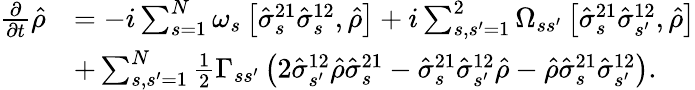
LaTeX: \begin{array}{rl}{\frac{\partial}{\partial t}\hat{\rho}}&{=-i\sum_{s=1}^{N}\omega_{s}\left[\hat{\sigma}_{s}^{21}\hat{\sigma}_{s}^{12},\hat{\rho}\right]+i\sum_{s,s^{\prime}=1}^{2}\Omega_{ss^{\prime}}\left[\hat{\sigma}_{s}^{21}\hat{\sigma}_{s^{\prime}}^{12},\hat{\rho}\right]}\\ &{+\sum_{s,s^{\prime}=1}^{N}\frac{1}{2}\Gamma_{ss^{\prime}}\left(2\hat{\sigma}_{s^{\prime}}^{12}\hat{\rho}\hat{\sigma}_{s}^{21}-\hat{\sigma}_{s}^{21}\hat{\sigma}_{s^{\prime}}^{12}\hat{\rho}-\hat{\rho}\hat{\sigma}_{s}^{21}\hat{\sigma}_{s^{\prime}}^{12}\right).}\end{array}